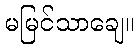
မမြင်သာချေ။